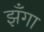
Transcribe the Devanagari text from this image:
झँगा